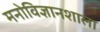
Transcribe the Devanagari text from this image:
मनोविज्ञानशाला